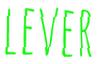
LEVER